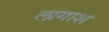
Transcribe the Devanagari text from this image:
लागाश